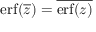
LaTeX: \operatorname { e r f } ( { \overline { { z } } } ) = { \overline { { \operatorname { e r f } ( z ) } } }